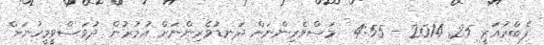
ފެބްރުއަރީ 25